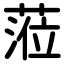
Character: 蒞